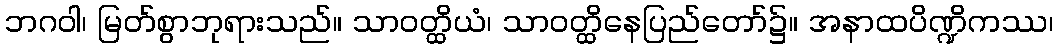
ဘဂဝါ၊ မြတ်စွာဘုရားသည်။ သာဝတ္ထိယံ၊ သာဝတ္ထိနေပြည်တော်၌။ အနာထပိဏ္ဍိကဿ၊